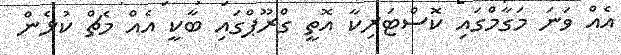
އެއް ވަނަ މަގާމްގައި ކޮސްޓަރިކާ އޮތީ ގްރޫޕްގައި ބާކީ އެއް މެޗް ކުޅެން